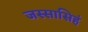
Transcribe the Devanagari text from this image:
जस्सासिहं